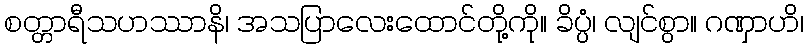
စတ္တာရီသဟဿာနိ၊ အသပြာလေးထောင်တို့ကို။ ခိပ္ပံ၊ လျင်စွာ။ ဂဏှာဟိ၊